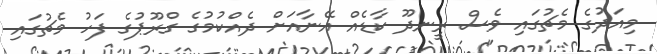
މިއަދުގެ މެޗުގައި ވެސް ރީނދޫ ކާޑެއް އޭނާއަށް ދެއްކުމުގެ ގްރޫޕުގެ ފަހު މެޗުގައި